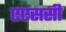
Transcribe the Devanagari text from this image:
एएससी